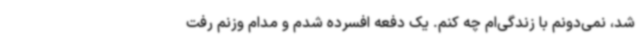
شد، نمی‌دونم با زندگی‌ام چه کنم. یک دفعه افسرده شدم و مدام وزنم رفت